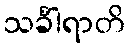
သင်္ခါရာတိ